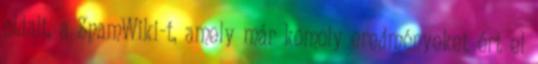
oldalt, a SpamWiki-t, amely már komoly eredményeket ért el